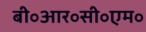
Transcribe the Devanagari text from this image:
बी॰आर॰सी॰एम॰